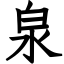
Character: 泉